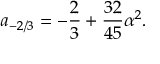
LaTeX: a _ { - 2 / 3 } = - \frac { 2 } { 3 } + \frac { 3 2 } { 4 5 } \alpha ^ { 2 } .